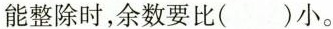
能整除时，余数要比( )小。